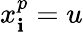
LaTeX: x_{\mathbf{i}}^{p}=u